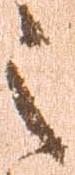
之